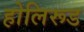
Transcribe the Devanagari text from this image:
होलिरूड